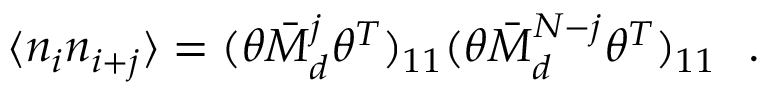
\langle n _ { i } n _ { i + j } \rangle = ( \theta { { \bar { \cal M } _ { d } } } ^ { j } \theta ^ { T } ) _ { 1 1 } ( \theta { { \bar { \cal M } _ { d } } } ^ { N - j } \theta ^ { T } ) _ { 1 1 } \ \ .